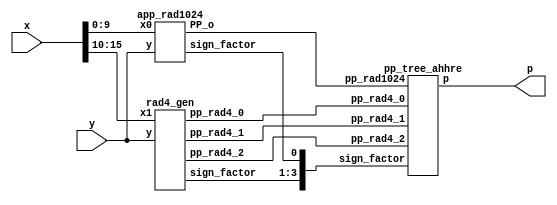
`timescale 1ns / 1ps

module RAD1024(
    input [15:0] x,
    input [15:0] y,
    output [31:0] p
    );

// Generate pp
    
    // Radix 4 pp
    
    wire [16:0] pp_rad4_0;
    wire [16:0] pp_rad4_1;
    wire [16:0] pp_rad4_2;
    wire [3:0] sign_factor;
    
    rad4_gen rad4_gen1( 
        .x1(x[15:10]), .y(y),
        .pp_rad4_0(pp_rad4_0),
        .pp_rad4_1(pp_rad4_1),
        .pp_rad4_2(pp_rad4_2),
        .sign_factor(sign_factor[3:1]));
        
    // Radix 1024 pp 
    
    wire [24:0] PP_o;
    
    app_rad1024 rad1024_gen_v1( 
      .x0(x[9:0]),.y(y),
      .PP_o(PP_o),
      .sign_factor(sign_factor[0]));
     
    // Tree
    pp_tree_ahhre wallace_tree(
        .pp_rad4_0(pp_rad4_0),
        .pp_rad4_1(pp_rad4_1),
        .pp_rad4_2(pp_rad4_2),
        .pp_rad1024(PP_o),
        .sign_factor(sign_factor),
        .p(p));
      
endmodule

// Radix 4 gen


module code(one,two,sign,y2,y1,y0);  
	input y2,y1,y0;                     
	output one,two,sign;                
	wire [1:0]k;                        
	xor x1(one,y0,y1);                  
	xor x2(k[1],y2,y1);                 
	not n1(k[0],one);                   
	and a1(two,k[0],k[1]);              
	assign sign=y2;                     
endmodule        

// like on the picture

module rad4_gen( x1,y,pp_rad4_0,pp_rad4_1,pp_rad4_2,sign_factor);
    // inputs
    // y multiplicand
    // x multipland 
    // P1,P2,P3 partial products
    input [15:0] y;
    input [5:0] x1;
    // output
    output [16:0] pp_rad4_0;
    output [16:0] pp_rad4_1;
    output [16:0] pp_rad4_2;
    output [2:0] sign_factor;
   
    wire [2:0] one,two,sign;
    
    code code0(one[0],two[0],sign[0],x1[1],x1[0], 1'b0);
    
    genvar j;
    generate
        for ( j = 1; j < 3; j = j+1 )
            begin : pp_code
            code code_gen(one[j],two[j],sign[j],x1[2*j+1],x1[2*j], x1[2*j-1]);
            end
    endgenerate
    
    wire [16:0] tmp1_pp; 
    assign tmp1_pp = {y[15],y}; // This variable is introduced because pp has 17 bits
    
    // first pp generation 
    wire [17:0] out1;
    assign out1[0] = sign[0];
    
    genvar i;
    generate
        for ( i = 0; i < 17; i = i+1 )
            begin : pp_rad4_first 
            product pp_pr(tmp1_pp[i],out1[i],one[0],two[0],sign[0],pp_rad4_0[i],out1[i+1]);
            end
    endgenerate
    
    // second pp generation 
    wire[17:0] out2;
    assign out2[0] = sign[1];
    
    
    genvar i2;
    generate
        for ( i2 = 0; i2 < 17; i2 = i2+1 )
            begin : pp_second 
            product pp_pr(tmp1_pp[i2],out2[i2],one[1],two[1],sign[1],pp_rad4_1[i2],out2[i2+1]);
            end
    endgenerate
    
    // third pp generation 
    wire [17:0] out3;
    assign out3[0] = sign[2];
    
    genvar i3;
    generate
        for ( i3 = 0; i3 < 17; i3 = i3+1 )
            begin : pp_third 
            product pp_pr(tmp1_pp[i3],out3[i3],one[2],two[2],sign[2],pp_rad4_2[i3],out3[i3+1]);
            end
    endgenerate
    
    
    genvar i_sign;
    generate
        for ( i_sign = 0; i_sign < 3; i_sign = i_sign+1 )
            begin : sgn_fac
            sgn_gen sgn_genXX(one[i_sign],two[i_sign],sign[i_sign],sign_factor[i_sign]);
            end
    endgenerate

endmodule


//generation of inner products

module product(x1,x0,one,two,sign,p,i);
	input x1,x0,sign,one,two;
	output p,i;
	wire [1:0] k;
	xor xo1(i,x1,sign);
	and a1(k[1],i,one);
	and a0(k[0],x0,two);
	or o1(p,k[1],k[0]);
endmodule

//sign_factor generate

module sgn_gen(one,two,sign,sign_factor);
	input sign,one,two;
	output sign_factor;
	wire k;
	or o1(k,one,two);
	and a1(sign_factor,sign,k);
endmodule

module app_rad1024(
    input [9:0] x0,
    input [15:0] y,
    output [24:0] PP_o,
    output sign_factor
);

// Encode 
    wire sign;
    wire [3:0] enc_vec;
    assign sign = x0[9]| x0[4] | x0[3] | x0[2] | x0[1] | x0[0];
    // assign sign = x0[9];
    assign enc_vec[3] = ((~x0[8] & ~x0[7] & ~x0[6]) | (x0[8] & x0[7] & x0[6])) & (x0[6] ^ x0[5]);
    assign enc_vec[2] = (~x0[9] & ~x0[8] & ( (~ x0[7] & x0[6] & x0[5]) | (x0[7] & ~x0[6]))) | (x0[9] & x0[8] & ( ( x0[7] & ~x0[6] & ~x0[5]) | (~x0[7] & x0[6])));
    assign enc_vec[1] = (~x0[8] & x0[7] & (x0[9] | x0[6])) | (x0[8] & ~x0[7] & (~x0[9] | ~x0[6]));
    assign enc_vec[0] = (~x0[9] & x0[8] & x0[7]) | (x0[9] & ~x0[8] & ~x0[7]); 

// Generate
 
    wire [27:0] gen_tmp;
    assign gen_tmp = {{3{y[15]}},y,9'b0};
    genvar i;
    generate
        for ( i = 0; i < 25; i = i+1 )
            begin : pp1024_gen_loop 
            rad1024_unit pp_pr(sign,enc_vec,gen_tmp[i+3:i],PP_o[i]);
            end
    endgenerate
 
 // sign factor 
 
    assign sign_factor = sign & ( (enc_vec[0] | enc_vec[1]) | (enc_vec[2] | enc_vec[3]));
endmodule

module rad1024_unit(
    input sign,
    input [3:0] enc_vec,
    input [3:0] a_vec,
    output pp_i);
      
    // sign change
    wire [3:0] a_sign;
    
    assign a_sign[3] = sign ^ a_vec[3];
    assign a_sign[2] = sign ^ a_vec[2];
    assign a_sign[1] = sign ^ a_vec[1];
    assign a_sign[0] = sign ^ a_vec[0];
    
    // enc and  a_sign
    wire [3:0] a_enc;
    assign a_enc = a_sign & enc_vec;
    
    // pp_i
    assign pp_i = (a_enc[3] | a_enc[2] | a_enc[1] | a_enc[0]);  
 
endmodule


module pp_tree_ahhre(
    input [16:0] pp_rad4_0,
    input [16:0] pp_rad4_1,
    input [16:0] pp_rad4_2,
    input [24:0] pp_rad1024,
    input [3:0] sign_factor,
    output [31:0] p);
    
    
    wire [3:0] E_MSB;
    assign E_MSB[0] = ~pp_rad1024[24];
    assign E_MSB[1] = ~pp_rad4_0[16];
    assign E_MSB[2] = ~pp_rad4_1[16];
    assign E_MSB[3] = ~pp_rad4_2[16];
    
    // first group
    wire [15:0] sum00_FA;
    wire [15:0] carry00_FA;
    
    wire [15:0] tmp001_FA;
    wire [15:0] tmp002_FA;
    wire [15:0] tmp003_FA;
    
    assign tmp001_FA = {1'b1,E_MSB[0],pp_rad1024[24:12],pp_rad1024[10]};
    assign tmp002_FA = {pp_rad4_0[16:2],pp_rad4_0[0]};
    assign tmp003_FA = {pp_rad4_1[14:0],sign_factor[1]};
    
    
    genvar i001;
    generate
        for (i001 = 0; i001 < 16; i001 = i001 + 1)
            begin : pp_fad00
            FAd pp_fad(tmp001_FA[i001],tmp002_FA[i001], tmp003_FA[i001], carry00_FA[i001],sum00_FA[i001]);
            end
    endgenerate
    
    wire [2:0] sum00_HA;
    wire [2:0] carry00_HA;
    
    wire [2:0] tmp001_HA;
    wire [2:0] tmp002_HA;
    
    assign tmp001_HA = {1'b1,E_MSB[1],pp_rad1024[11]};
    assign tmp002_HA = {pp_rad4_1[16:15],pp_rad4_0[1]};
	
	genvar i002;
	generate
		for (i002 = 0; i002 < 3; i002 = i002 + 1)
			begin : pp_had01
			HAd pp_had(tmp001_HA[i002],tmp002_HA[i002],carry00_HA[i002],sum00_HA[i002]);
			end
	endgenerate

// second group
	
	wire [1:0] sum01_HA;
        wire [1:0] carry01_HA;
	wire [1:0] tmp011_HA;
	wire [1:0] tmp012_HA;

	assign tmp011_HA = {pp_rad4_2[11],pp_rad4_2[0]};
	assign tmp012_HA = {1'b1,sign_factor[3]};

	genvar i010;
	generate
		for (i010 = 0; i010 < 2; i010 = i010 + 1)
			begin : pp_had02
			HAd pp_had(tmp011_HA[i010],tmp012_HA[i010],carry01_HA[i010],sum01_HA[i010]);
			end
	endgenerate

	

	// Second reduction 

	wire [16:0] sum10_FA;
	wire [16:0] carry10_FA;

	wire[16:0] tmp100;
	wire[16:0] tmp101;
	wire[16:0] tmp102;

	assign tmp100 = {E_MSB[2],sum00_HA[2:1],sum00_FA[15:3],sum00_FA[1]};
	assign tmp101 = {carry00_HA[2:1],carry00_FA[15:2],carry00_HA[0]};
	assign tmp102 = {pp_rad4_2[15:12],sum01_HA[1],pp_rad4_2[10:1],sum01_HA[0],sign_factor[2]};

	genvar i11;
	generate
		for(i11 = 0; i11 < 17; i11 = i11 +1 )
			begin : pp_fad10
			FAd pp_fad(tmp100[i11],tmp101[i11],tmp102[i11],carry10_FA[i11],sum10_FA[i11]);
			end
	endgenerate
	
	wire [1:0] sum10_HA;
	wire [1:0] carry10_HA;
	wire [1:0] tmp100_HA;
	wire [1:0] tmp101_HA;

	assign tmp100_HA = {1'b1,sum00_FA[2]};
	assign tmp101_HA = {pp_rad4_2[16],carry00_FA[1]};

	genvar i12;
	generate
		for (i12 = 0; i12 < 2; i12 = i12 + 1)
			begin : pp_had11
			HAd pp_had(tmp100_HA[i12],tmp101_HA[i12],carry10_HA[i12],sum10_HA[i12]);
			end
	endgenerate
	
	// Third reduction 
	
	wire [1:0] sum20_FA;
	wire [1:0] carry20_FA;
	wire [14:0] sum20_HA;
	wire [14:0] carry20_HA; 
	
	wire[14:0] tmp200_HA;
	wire[14:0] tmp201_HA;

	assign tmp200_HA = {E_MSB[3],sum10_HA[1],sum10_FA[16:14],sum10_FA[12:3]};
	assign tmp201_HA = {carry10_HA[1],carry10_FA[16:13],carry10_FA[11:2]};

	genvar i20;
	generate
		for(i20 = 0; i20 < 15; i20 = i20 +1 )
			begin : pp_had20 
			HAd pp_had(tmp200_HA[i20],tmp201_HA[i20],carry20_HA[i20],sum20_HA[i20]);
			end
	endgenerate
	
	wire[1:0] tmp200_FA;
	wire[1:0] tmp201_FA;
	wire[1:0] tmp202_FA;

	assign tmp200_FA = {sum10_FA[13],sum10_FA[2]};
	assign tmp201_FA = {carry10_FA[12],carry10_FA[1]};
	assign tmp202_FA = carry01_HA;

	genvar i21;
	generate
		for(i21 = 0; i21 < 2; i21 = i21 +1 )
			begin : pp_fad20
			FAd pp_fad(tmp200_FA[i21],tmp201_FA[i21],tmp202_FA[i21],carry20_FA[i21],sum20_FA[i21]);
			end
	endgenerate
	
	
	// Final addition
	
	// CLA adder 

	wire [31:0] tmp_ADD1;
	wire [31:0] tmp_ADD2;

	assign tmp_ADD1 = {sum20_HA[14:10],sum20_FA[1],sum20_HA[9:0],sum20_FA[0],sum10_FA[1],sum10_HA[0],sum10_FA[0],sum00_HA[0],sum00_FA[0],pp_rad1024[9:0]};
	assign tmp_ADD2 = {carry20_HA[13:10],carry20_FA[1],carry20_HA[9:0],carry20_FA[0],1'b0,carry10_HA[0],carry10_FA[0],1'b0,carry00_FA[0],10'b0,sign_factor[0]};


	// Final product

	assign p = tmp_ADD1 + tmp_ADD2;
	
endmodule

module HAd(a,b,c,s);
	input a,b;
	output c,s;
	xor x1(s,a,b);
	and a1(c,a,b);
endmodule

module FAd(a,b,c,cy,sm);
	input a,b,c;
	output cy,sm;
	wire x,y,z;
	xor x1(x,a,b);
	xor x2(sm,x,c);
	and a1(y,a,b);
	and a2(z,x,c);
	or o1(cy,y,z);
endmodule